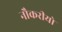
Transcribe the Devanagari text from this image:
नौकरीयो